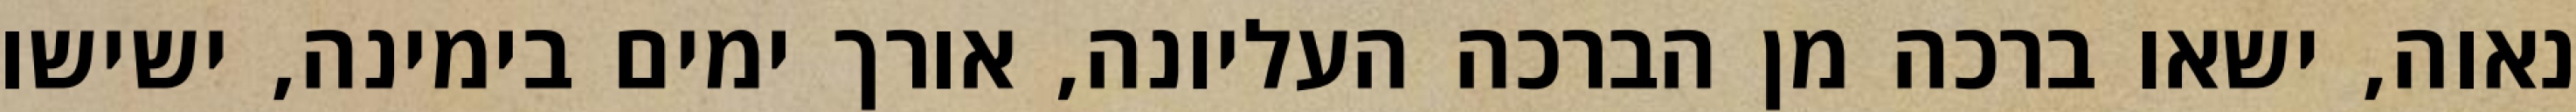
נאוה, ישאו ברכה מן הברכה העליונה, אורך ימים בימינה, ישישו